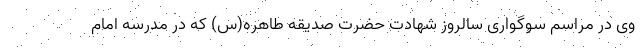
وی در مراسم سوگواری سالروز شهادت حضرت صدیقه طاهره(س) که در مدرسه امام